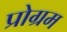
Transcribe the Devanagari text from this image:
प्रोग्रम